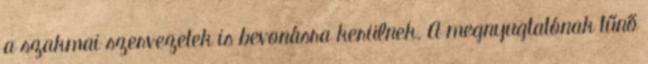
a szakmai szervezetek is bevonásra kerülnek. A megnyugtatónak tűnő